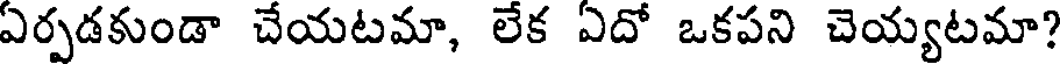
ఏర్పడకుండా చేయటమా, లేక ఏదో ఒకపని చెయ్యటమా?